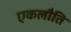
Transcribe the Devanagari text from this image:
एकलौति